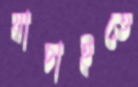
যাচাইতে